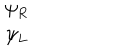
LaTeX: \begin{array} { c } { { \psi _ { R } } } \\ { { \psi _ { L } } } \\ \end{array}